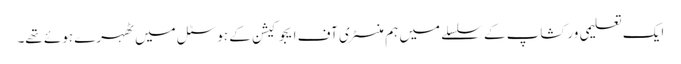
ایک تعلیمی ورکشاپ کے سلسلے میں ہم منسٹری آف ایجوکیشن کے ہوسٹل میں ٹھہرے ہوئے تھے۔